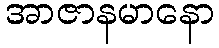
အာဇာနမာနော